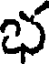
భ